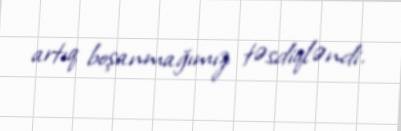
artıq boşanmağımız təsdiqləndi.